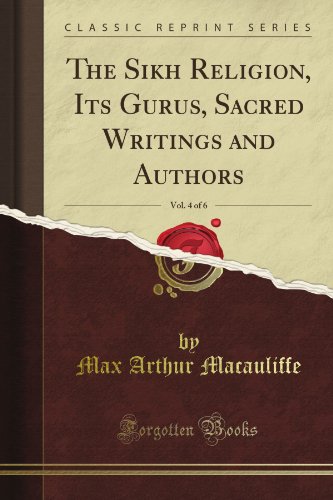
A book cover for The Sikh Religion, Its Gurus, Sacred Writings and Authors, Vol. 4 of 6 (Classic Reprint); Max Arthur Macauliffe; Religion & Spirituality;